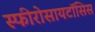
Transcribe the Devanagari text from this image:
स्फीरोसायटॉसिस